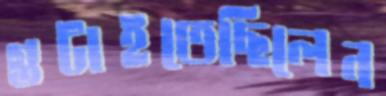
গুটাইতেছিলেন